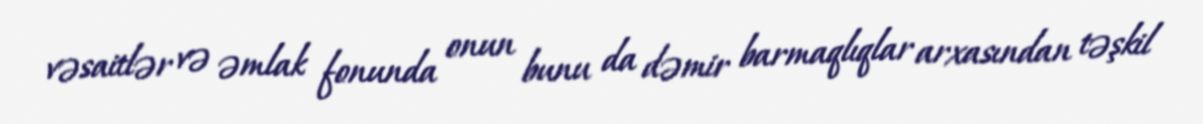
vəsaitlər və əmlak fonunda onun bunu da dəmir barmaqlıqlar arxasından təşkil